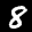
Label: 8